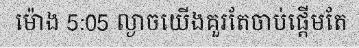
ម៉ោង 5:05 ល្ងាចយើងគួរតែចាប់ផ្តើមតែ